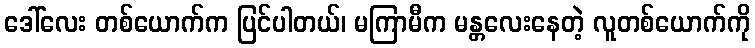
ဒေါ်လေး တစ်ယောက်က ပြင်ပါတယ်၊ မကြာမီက မန္တလေးနေတဲ့ လူတစ်ယောက်ကို